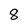
Character: 8